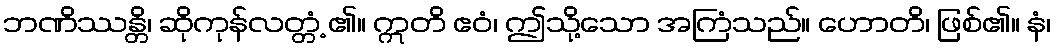
ဘဏိဿန္တိ၊ ဆိုကုန်လတ္တံ့ ၏။ ဣတိ ဧဝံ၊ ဤသို့သော အကြံသည်။ ဟောတိ၊ ဖြစ်၏။ နံ၊